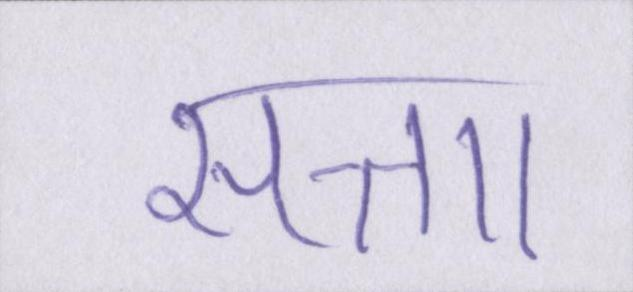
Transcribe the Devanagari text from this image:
सत्ताा